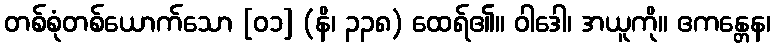
တစ်စုံတစ်ယောက်သော [၀၁] (နိ၊ ၃၃၈) ထေရ်၏။ ဝါဒေါ၊ အယူကို။ ဧကန္တေန၊